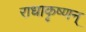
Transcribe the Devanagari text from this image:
राधाकृष्णन्‌